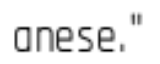
anese."